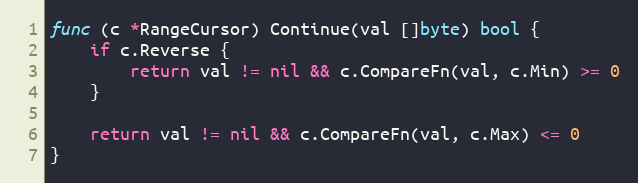
Language: Go
func (c *RangeCursor) Continue(val []byte) bool {
	if c.Reverse {
		return val != nil && c.CompareFn(val, c.Min) >= 0
	}

	return val != nil && c.CompareFn(val, c.Max) <= 0
}